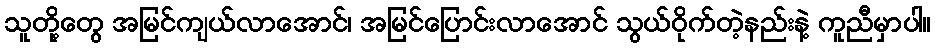
သူတို့တွေ အမြင်ကျယ်လာအောင်၊ အမြင်ပြောင်းလာအောင် သွယ်ဝိုက်တဲ့နည်းနဲ့ ကူညီမှာပါ။